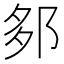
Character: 𨛅